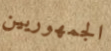
الجمهوريين